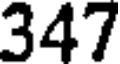
347